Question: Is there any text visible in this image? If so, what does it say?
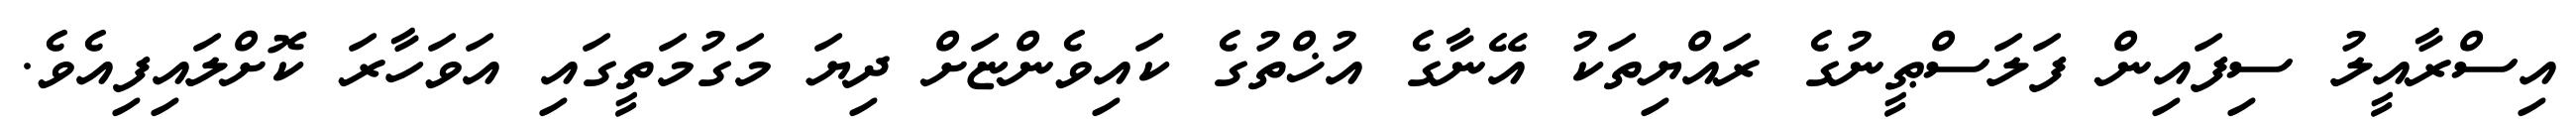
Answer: އިސްރާއީލު ސިފައިން ފަލަސްޠީނުގެ ރައްޔިތަކު އޭނާގެ އުޚްތުގެ ކައިވެންޏަށް ދިޔަ މަގުމަތީގައި އަވަހާރަ ކޮށްލައިފިއެވެ.